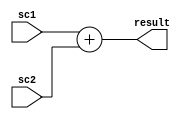
module adder(input [31:0] sc1,
            input [31:0] sc2,  
            output reg [31:0] result);

always@(*) begin
  result = sc1 + sc2;
end

endmodule